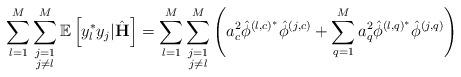
LaTeX: \begin{align*} \sum_{l=1}^M\sum\limits_{\substack{j=1\\j\neq l}}^M\mathbb{E}\left[y_l^* y_j|\hat{\mathbf{H}}\right]=\sum_{l=1}^M\sum\limits_{\substack{j=1\\j\neq l}}^M\left(a_c^2\hat{\phi}^{\left(l,c\right)^*}\hat{\phi}^{\left(j,c\right)}+\sum_{q=1}^M a_q^2\hat{\phi}^{\left(l,q\right)^*}\hat{\phi}^{\left(j,q\right)}\right)\end{align*}